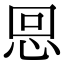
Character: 𢙍